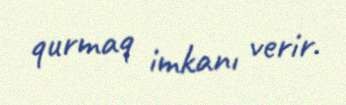
qurmaq imkanı verir.